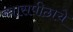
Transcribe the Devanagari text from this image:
व्यासपीठाचे